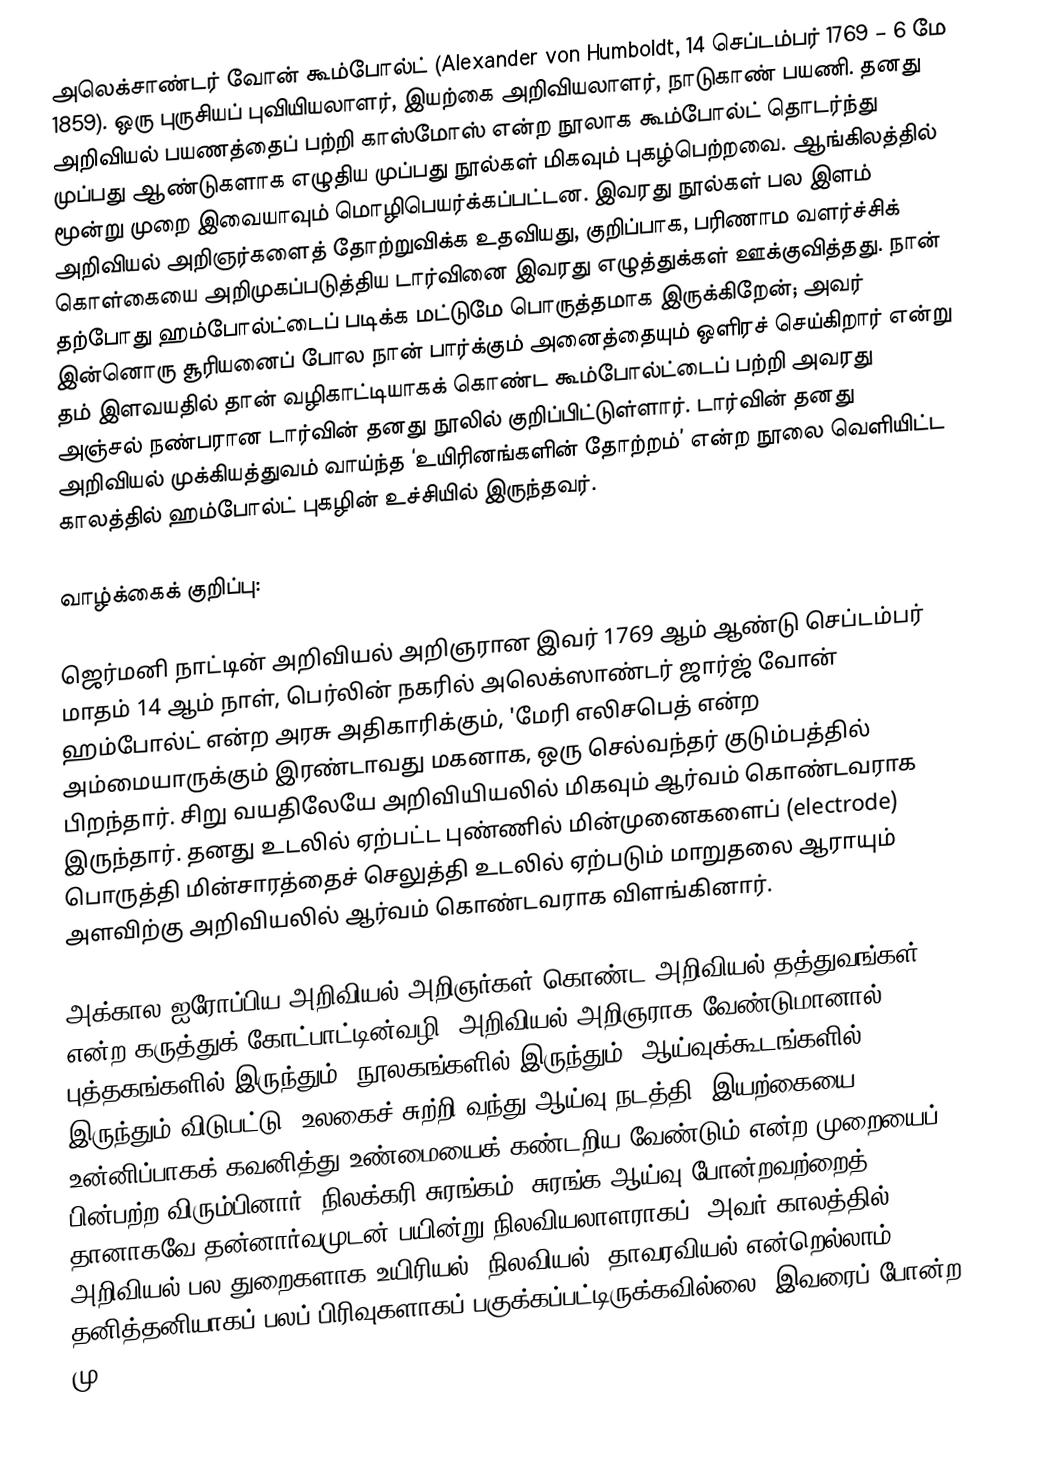
அலெக்சாண்டர் வோன் கூம்போல்ட் (Alexander von Humboldt, 14 செப்டம்பர் 1769 – 6 மே 1859). ஒரு புருசியப் புவியியலாளர், இயற்கை அறிவியலாளர், நாடுகாண் பயணி. தனது அறிவியல் பயணத்தைப் பற்றி காஸ்மோஸ் என்ற நூலாக கூம்போல்ட் தொடர்ந்து முப்பது ஆண்டுகளாக எழுதிய முப்பது நூல்கள் மிகவும் புகழ்பெற்றவை. ஆங்கிலத்தில் மூன்று முறை இவையாவும் மொழிபெயர்க்கப்பட்டன. இவரது நூல்கள் பல இளம் அறிவியல் அறிஞர்களைத் தோற்றுவிக்க உதவியது, குறிப்பாக, பரிணாம வளர்ச்சிக் கொள்கையை அறிமுகப்படுத்திய டார்வினை இவரது எழுத்துக்கள் ஊக்குவித்தது. நான் தற்போது ஹம்போல்ட்டைப் படிக்க மட்டுமே பொருத்தமாக இருக்கிறேன்; அவர் இன்னொரு சூரியனைப் போல நான் பார்க்கும் அனைத்தையும் ஒளிரச் செய்கிறார் என்று தம் இளவயதில் தான் வழிகாட்டியாகக் கொண்ட கூம்போல்ட்டைப் பற்றி அவரது அஞ்சல் நண்பரான டார்வின் தனது நூலில் குறிப்பிட்டுள்ளார். டார்வின் தனது அறிவியல் முக்கியத்துவம் வாய்ந்த ‘உயிரினங்களின் தோற்றம்’  என்ற நூலை வெளியிட்ட காலத்தில் ஹம்போல்ட் புகழின் உச்சியில் இருந்தவர்.

வாழ்க்கைக் குறிப்பு:

ஜெர்மனி நாட்டின் அறிவியல் அறிஞரான இவர் 1769 ஆம் ஆண்டு செப்டம்பர் மாதம் 14 ஆம் நாள், பெர்லின் நகரில் அலெக்ஸாண்டர் ஜார்ஜ் வோன் ஹம்போல்ட் என்ற அரசு அதிகாரிக்கும், 'மேரி எலிசபெத் என்ற அம்மையாருக்கும் இரண்டாவது மகனாக, ஒரு செல்வந்தர் குடும்பத்தில் பிறந்தார். சிறு வயதிலேயே அறிவியியலில் மிகவும் ஆர்வம் கொண்டவராக இருந்தார். தனது உடலில் ஏற்பட்ட புண்ணில் மின்முனைகளைப் (electrode) பொருத்தி மின்சாரத்தைச் செலுத்தி உடலில் ஏற்படும் மாறுதலை ஆராயும் அளவிற்கு அறிவியலில் ஆர்வம் கொண்டவராக விளங்கினார்.

அக்கால ஐரோப்பிய அறிவியல் அறிஞர்கள் கொண்ட அறிவியல் தத்துவங்கள் என்ற கருத்துக் கோட்பாட்டின்வழி, அறிவியல் அறிஞராக வேண்டுமானால் புத்தகங்களில் இருந்தும், நூலகங்களில் இருந்தும், ஆய்வுக்கூடங்களில் இருந்தும் விடுபட்டு, உலகைச் சுற்றி வந்து ஆய்வு நடத்தி, இயற்கையை உன்னிப்பாகக் கவனித்து உண்மையைக் கண்டறிய வேண்டும் என்ற முறையைப் பின்பற்ற விரும்பினார். நிலக்கரி சுரங்கம், சுரங்க ஆய்வு போன்றவற்றைத் தானாகவே தன்னார்வமுடன் பயின்று நிலவியலாளராகப். அவர் காலத்தில், அறிவியல் பல துறைகளாக உயிரியல், நிலவியல், தாவரவியல் என்றெல்லாம் தனித்தனியாகப் பலப் பிரிவுகளாகப் பகுக்கப்பட்டிருக்கவில்லை. இவரைப் போன்ற மு